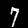
Label: 7